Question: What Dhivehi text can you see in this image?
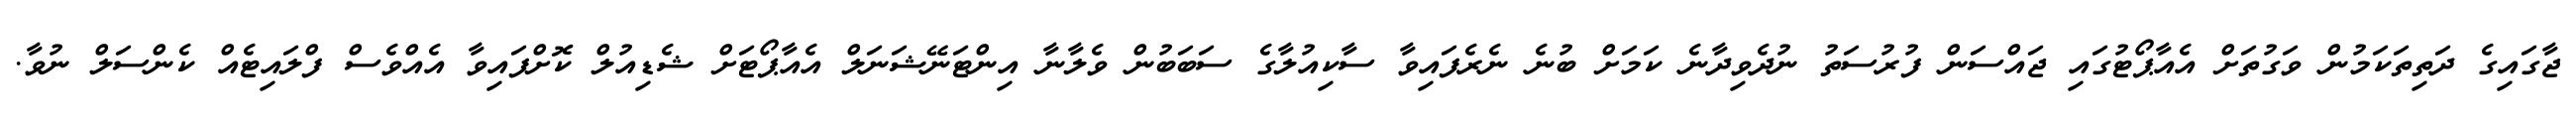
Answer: ޖާގައިގެ ދަތިތަކަމުން ވަގުތަށް އެއާޕޯޓުގައި ޖައްސަން ފުރުސަތު ނުދެވިދާނެ ކަމަށް ބުނެ ނެރެފައިވާ ސާކިއުލާގެ ސަބަބުން ވެލާނާ އިންޓަނޭޝަނަލް އެއާޕޯޓަށް ޝެޑިއުލް ކޮށްފައިވާ އެއްވެސް ފްލައިޓެއް ކެންސަލް ނުވާ.